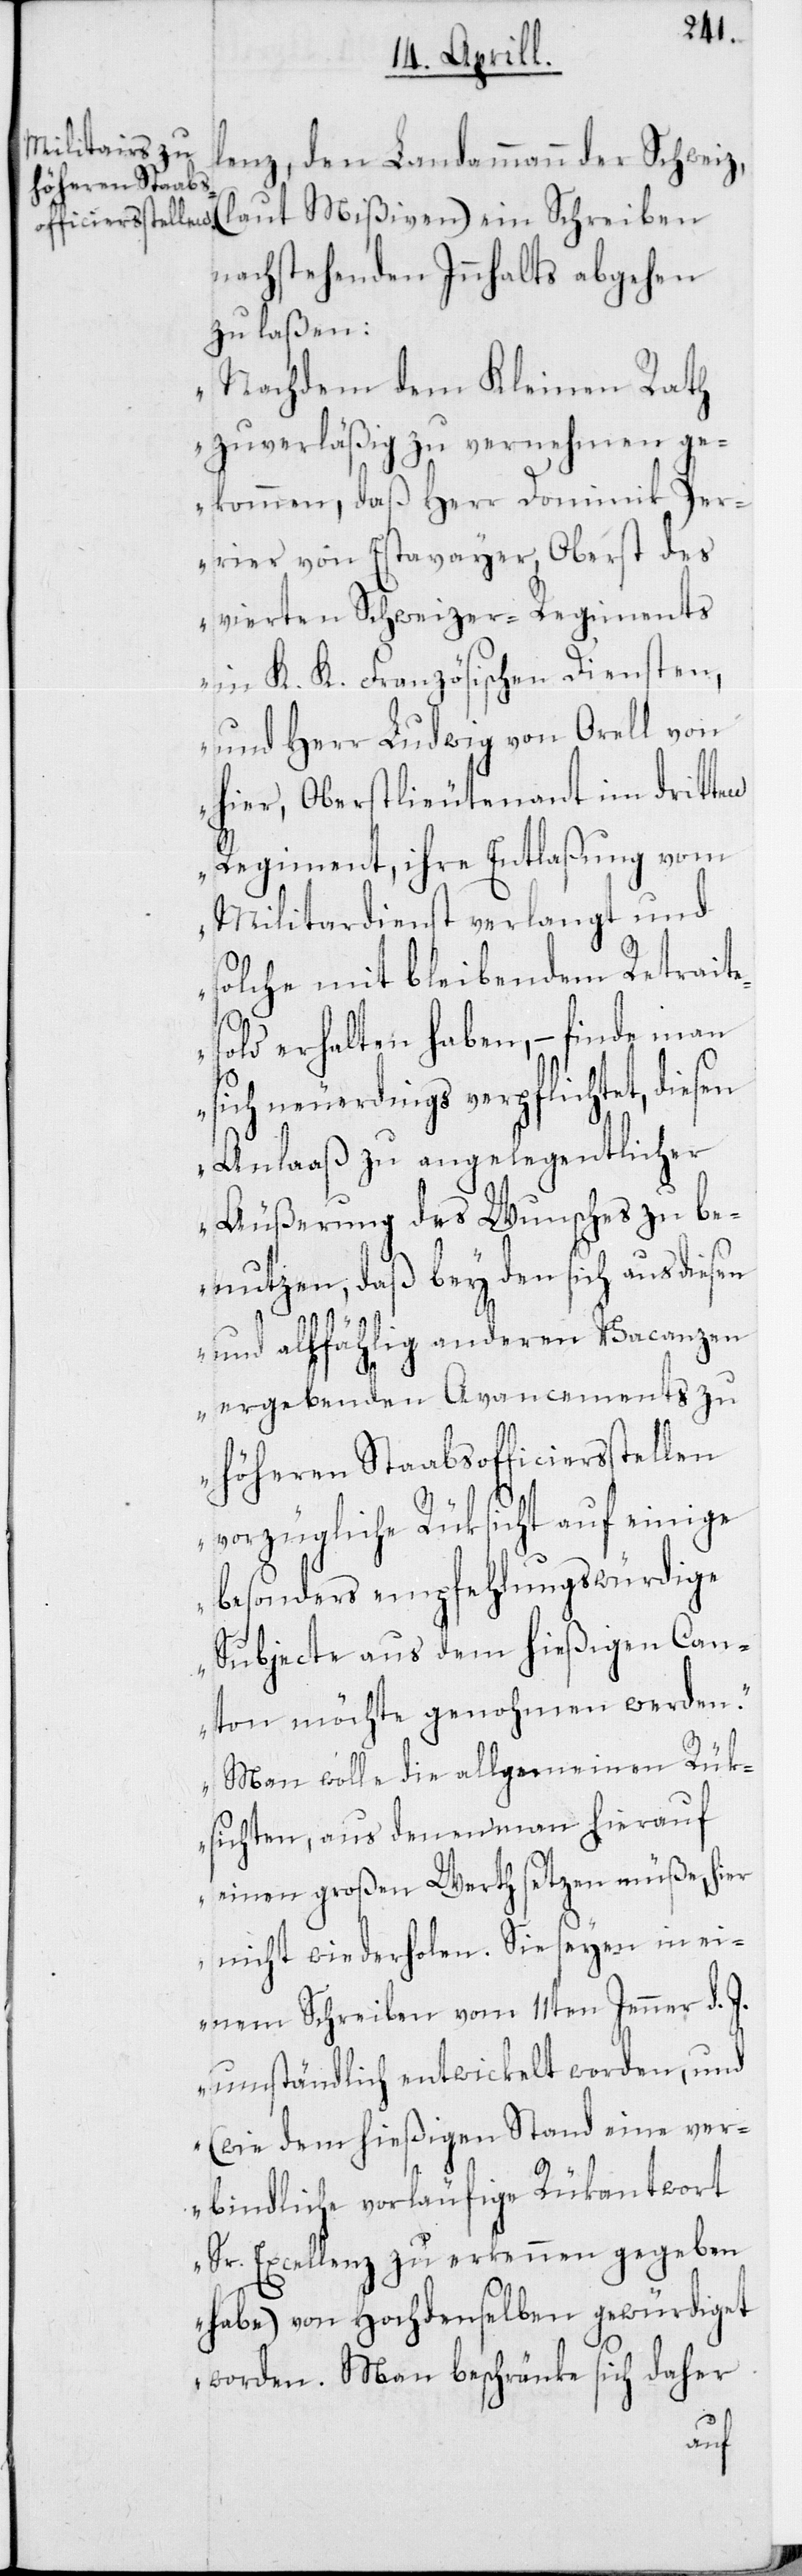
höheren Staabs¬
officiersstellen

lenz, den Landammann der Schweiz,
(laut Mißiven) ein Schreiben
nachstehenden Innhalts abgehen
zu laßen:
„Nachdem der Kleine Rath
zuverläßig zu vernehmen ge¬
kommen, daß Herr Dominik Per¬
rier von Estavayer, Oberst des
vierten Schweizer-Regiments
in K. K. Französischen Diensten,
und Herr Ludwig von Orell von
hier, Oberstlieutenant im dritten
Regiment, ihre Entlaßung vom
Militardienst verlangt und
solche mit bleibendem Retrait¬
esold erhalten haben, – finde man
sich neuerdings verpflichtet, die¬
Anlaaß zu angelegentlicher
Äußerung des Wunsches zu be¬
nutzen, daß bey den sich aus diesen
und allfählig anderen Vacanzen
ergebenden Avancements zu
vorzügliche Rüksicht auf einige
besonders empfehlungswürdige
Subjecte aus dem hießigen Can¬
ton möchte genohmen werden.
Man wolle die allgemeinen Rük¬
sichten, aus denen man hierauf
einen großen Werth setzen müße, hier
nicht wiederholen. Sie seyen in ei¬
nem Schreiben vom 11ten Jenner d. J.
umständlich entwickelt worden, und
(wie dem hießigen Stand eine ver¬
bindliche vorläufige Rükantwort
Sr. Excellenz zu erkennen gegeben
habe) von Hochdenselben gewürdiget
worden. Man beschränke sich daher
sen